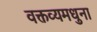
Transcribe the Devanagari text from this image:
वक्तव्यमधुना